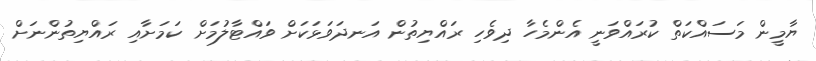
ޔާމީން މަސައްކަތް ކުރައްވަނީ އެންމެހާ ދިވެހި ރައްޔިތުން އަނދަވަޅަކަށް ވައްޓާލުމަށް ކަމަށާއި ރައްޔިތުންނަށް